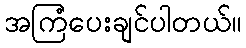
အကြံပေးချင်ပါတယ်။